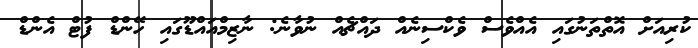
ކުރިއަށް އޮތްތަނުގައި އެއްވެސް ވެކްސިނެއް ދައްޗެއް ނުވާނެ: ނާޒިމްއައްޑޫގައި ހޭންޑް ފުޓް އެންޑް